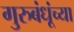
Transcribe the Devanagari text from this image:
गुरुबंधूंच्या